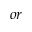
o r